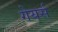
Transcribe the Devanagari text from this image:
गेयर्स